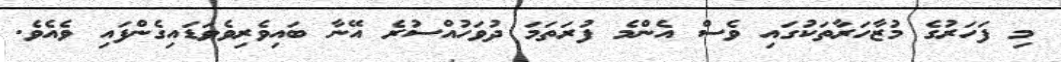
މި ފަހަރުގެ މުޒާހަރާތަކުގައި ވެސް އެންމެ ފުރަތަމަ ދުވަހުއްސުރެ އޭނާ ބައިވެރިވެވަޑައިގެންފައި ވެއެވެ.